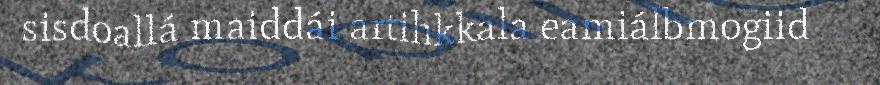
sisdoallá maiddái artihkkala eamiálbmogiid